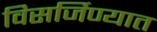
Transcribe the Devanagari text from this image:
विसर्जिण्यात